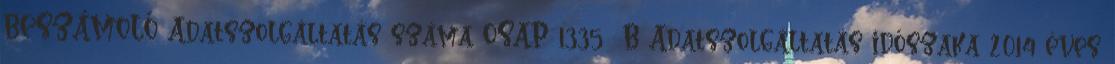
BESZÁMOLÓ Adatszolgáltatás száma OSAP 1335 B Adatszolgáltatás időszaka 2014 éves